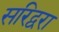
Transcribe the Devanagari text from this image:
सरिद्वरा